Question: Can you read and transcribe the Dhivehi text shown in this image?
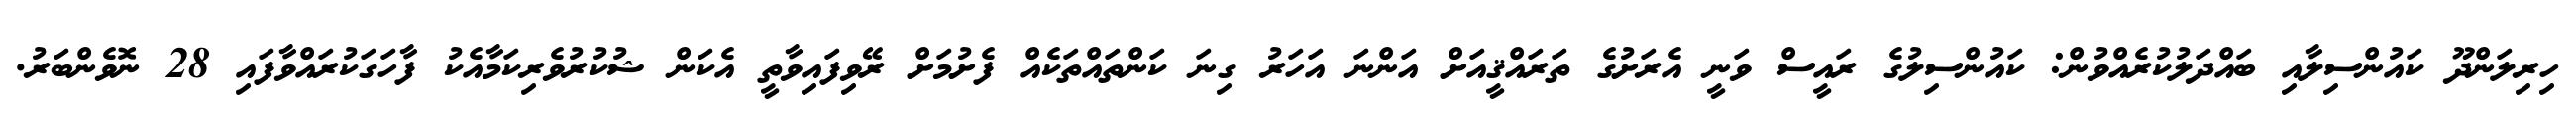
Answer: ހިރިލަންދޫ ކައުންސިލާއި ބައްދަލުކުރެއްވުން: ކައުންސިލުގެ ރައީސް ވަނީ އެރަށުގެ ތަރައްޤީއަށް އަންނަ އަހަރު ގިނަ ކަންތައްތަކެއް ފެށުމަށް ރޭވިފައިވާތީ އެކަން ޝުކުރުވެރިކަމާއެކު ފާހަގަކުރައްވާފައި 28 ނޮވެންބަރު.